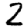
Digit: 2